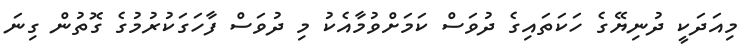
މިއަދަކީ ދުނިޔޭގެ ހަކަތައިގެ ދުވަސް ކަމަށްވުމާއެކު މި ދުވަސް ފާހަގަކުރުމުގެ ގޮތުން ގިނަ